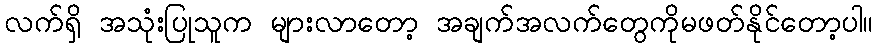
လက်ရှိ အသုံးပြုသူက များလာတော့ အချက်အလက်တွေကိုမဖတ်နိုင်တော့ပါ။